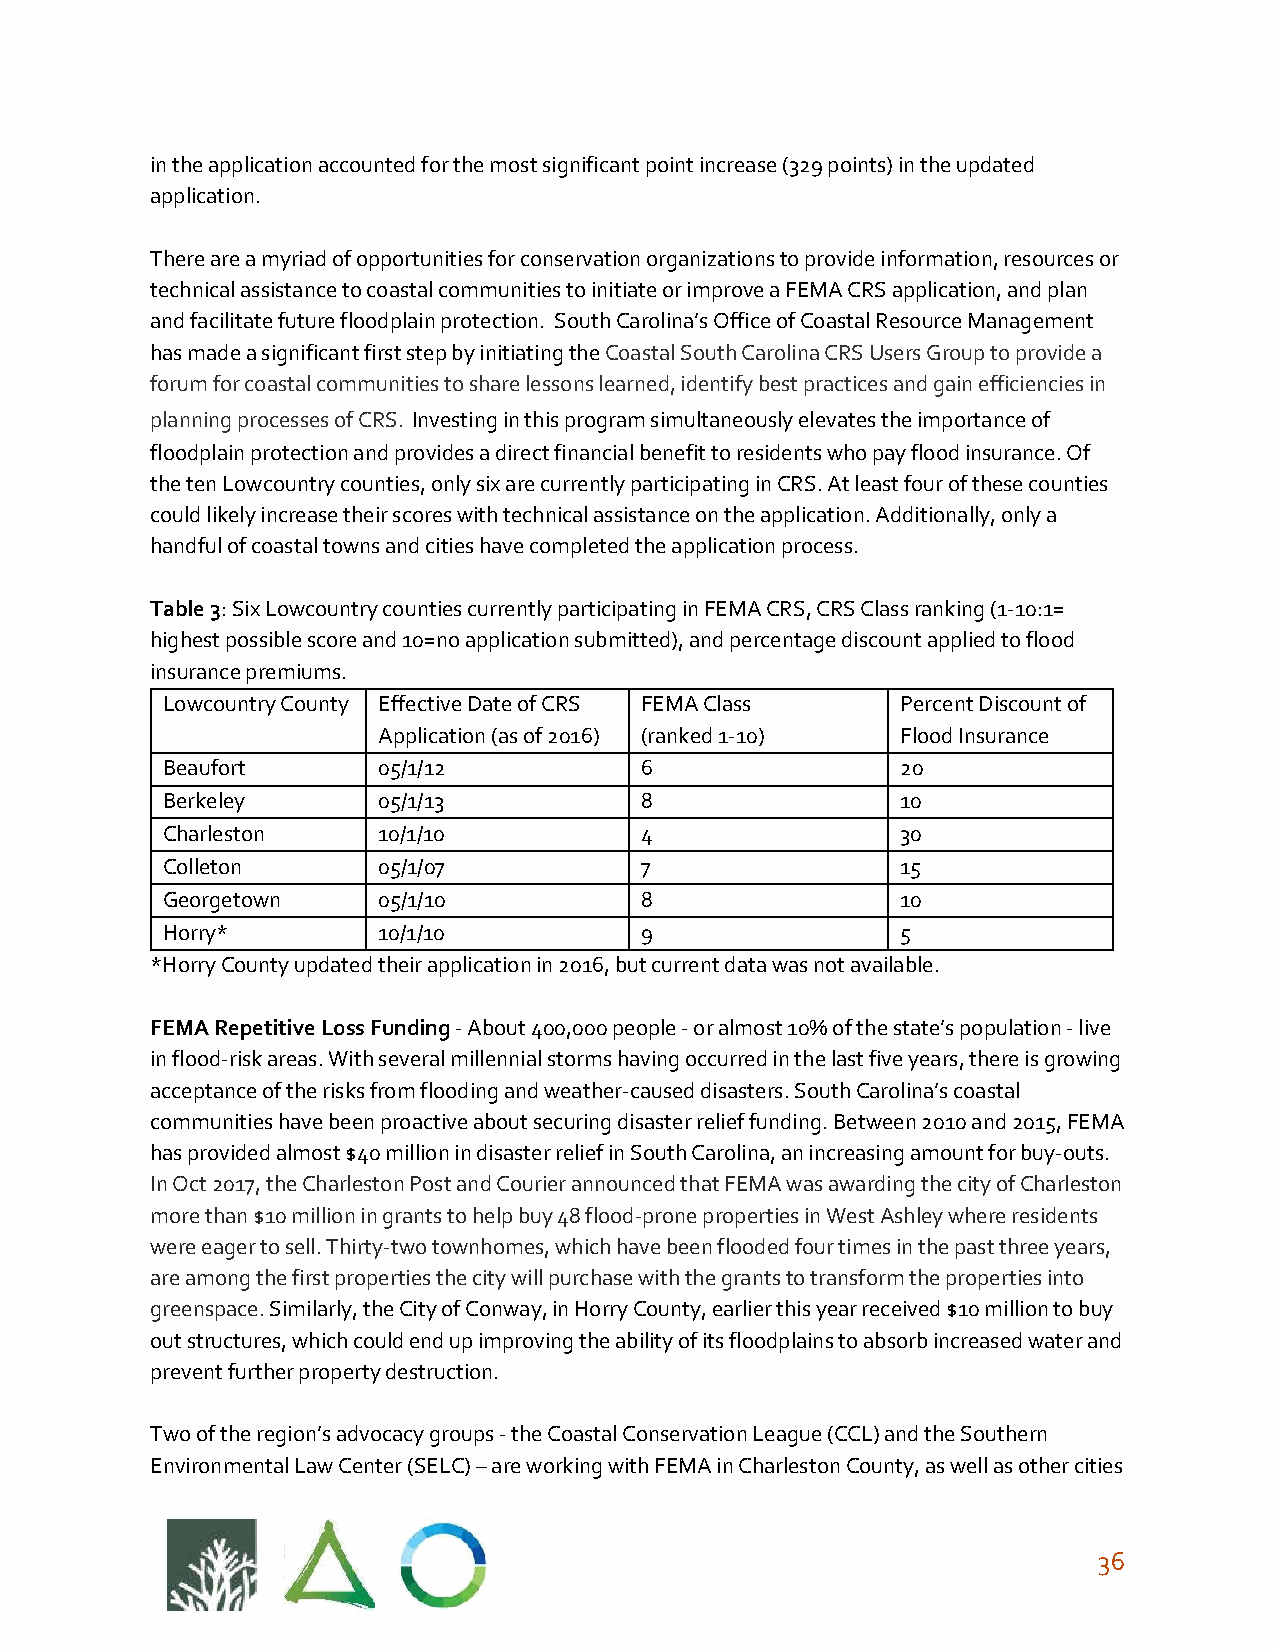
in the application accounted for the most significant point increase (329 points) in the updated
 application.
 There are a myriad of opportunities for conservation organizations to provide information, resources or
 technical assistance to coastal communities to initiate or improve a FEMA CRS application, and plan
 and facilitate future floodplain protection. South Carolina’s Office of Coastal Resource Management
 has made a significant first step by initiating the Coastal South Carolina CRS Users Group to provide a
 ​
 forum for coastal communities to share lessons learned, identify best practices and gain efficiencies in
 planning processes of CRS. Investing in this program simultaneously elevates the importance of
 ​ ​
 floodplain protection and provides a direct financial benefit to residents who pay flood insurance. Of
 the ten Lowcountry counties, only six are currently participating in CRS. At least four of these counties
 could likely increase their scores with technical assistance on the application. Additionally, only a
 handful of coastal towns and cities have completed the application process.
 Table 3: Six Lowcountry counties currently participating in FEMA CRS, CRS Class ranking (1-10:1=
 ​
 highest possible score and 10=no application submitted), and percentage discount applied to flood
 insurance premiums.
 Lowcountry County Effective Date of CRS FEMA Class Percent Discount of
 Application (as of 2016) (ranked 1-10) Flood Insurance
 Beaufort      05/1/12          6                 20
 Berkeley      05/1/13          8                 10
 Charleston    10/1/10          4                 30
 Colleton      05/1/07          7                 15
 Georgetown    05/1/10          8                 10
 Horry*        10/1/10          9                 5
 *Horry County updated their application in 2016, but current data was not available.
 FEMA Repetitive Loss Funding - About 400,000 people - or almost 10% of the state’s population - live
 ​
 in flood-risk areas. With several millennial storms having occurred in the last five years, there is growing
 acceptance of the risks from flooding and weather-caused disasters. South Carolina’s coastal
 communities have been proactive about securing disaster relief funding. Between 2010 and 2015, FEMA
 has provided almost $40 million in disaster relief in South Carolina, an increasing amount for buy-outs.
 In Oct 2017, the Charleston Post and Courier announced that FEMA was awarding the city of Charleston
 more than $10 million in grants to help buy 48 flood-prone properties in West Ashley where residents
 were eager to sell. Thirty-two townhomes, which have been flooded four times in the past three years,
 are among the first properties the city will purchase with the grants to transform the properties into
 greenspace. Similarly, the City of Conway, in Horry County, earlier this year received $10 million to buy
 ​
 out structures, which could end up improving the ability of its floodplains to absorb increased water and
 prevent further property destruction.
 Two of the region’s advocacy groups - the Coastal Conservation League (CCL) and the Southern
 Environmental Law Center (SELC) – are working with FEMA in Charleston County, as well as other cities
 36